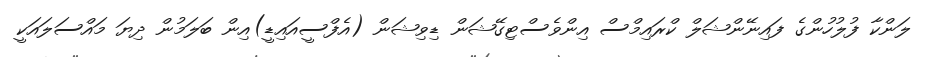
ލަންކާ ފުލުހުންގެ ފައިނޭންޝަލް ކްރައިމްސް އިންވެސްޓިގޭޝަން ޑިވިޝަން (އެފްސީއައިޑީ)އިން ބަލަމުން ދިޔަ މައްސަލައަކީ